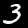
Label: 3